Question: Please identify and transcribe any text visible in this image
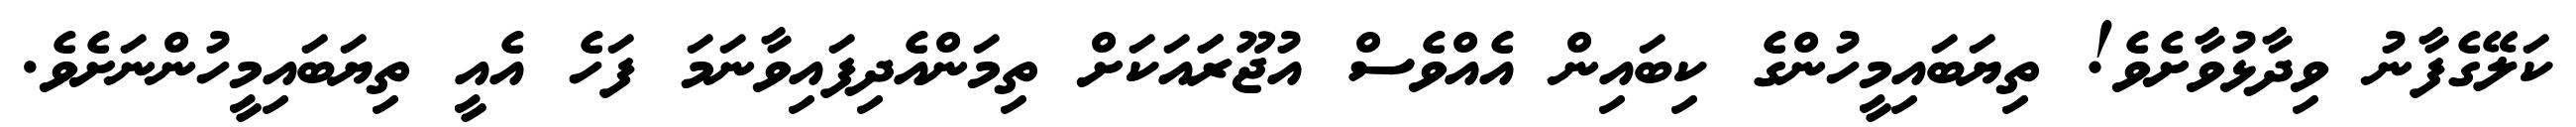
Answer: ކަލޭގެފާނު ވިދާޅުވާށެވެ! ތިޔަބައިމީހުންގެ ކިބައިން އެއްވެސް އުޖޫރަައަކަށް ތިމަންއެދިފައިވާނަމަ ފަހެ އެއީ ތިޔަބައިމީހުންނަށެވެ.